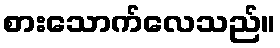
စားသောက်လေသည်။